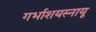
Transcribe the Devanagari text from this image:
गर्भाशयस्नायू